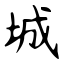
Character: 城